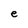
Character: e